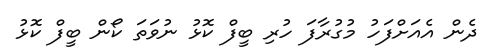
ދެން އެއަށްފަހު މުގުރާފަ ހުރި ބީފް ކޮޅު ނުވަތަ ކޯން ބީފް ކޮޅު